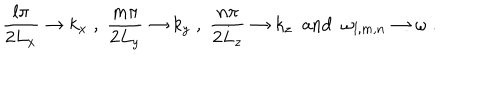
LaTeX: \frac { l \pi } { 2 L _ { x } } \to k _ { x } \; , \; \frac { m \pi } { 2 L _ { y } } \to k _ { y } \; , \; \frac { n \pi } { 2 L _ { z } } \to k _ { z } \; \mathrm { ~ a n d ~ } \; \omega _ { l , m , n } \to \omega \; .